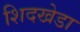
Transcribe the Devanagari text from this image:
शिदखेडा